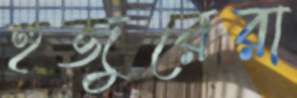
হুজুরেরা